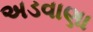
અડવાણા